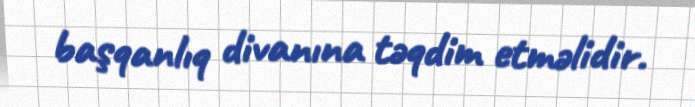
başqanlıq divanına təqdim etməlidir.